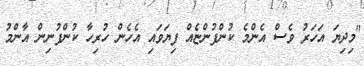
"މިދިޔަ އަހަރު ވެސް އެންމެ ކުންފުންޏެއް ފިޔަވައި އެހެން ހުރިހާ ކުންފުނިން އާންމު